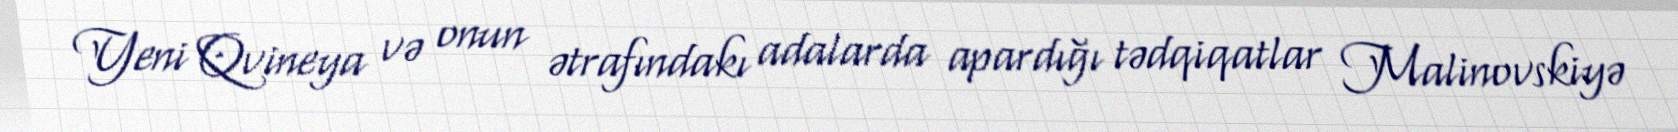
Yeni Qvineya və onun ətrafındakı adalarda apardığı tədqiqatlar Malinovskiyə